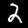
Digit: 2